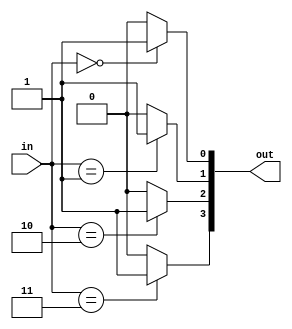
module decoder (in, out);
    input  [1:0] in;
    output [3:0] out;

    assign out[0] = (in == 2'd0) ? 1'b1 : 1'b0;
    assign out[1] = (in == 2'd1) ? 1'b1 : 1'b0;
    assign out[2] = (in == 2'd2) ? 1'b1 : 1'b0;
    assign out[3] = (in == 2'd3) ? 1'b1 : 1'b0;
endmodule

module testbench;
    reg [1:0] in;
    wire [3:0] out;

    initial
            begin
                $monitor("in=%d, out=%b", in, out);
                in <= 0;
                #3 $finish;
            end

    always #1 in <= in + 1;

    decoder inst0 (in, out);
endmodule